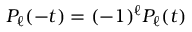
P _ { \ell } ( - t ) = ( - 1 ) ^ { \ell } P _ { \ell } ( t )